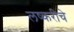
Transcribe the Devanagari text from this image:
लष्करीचे